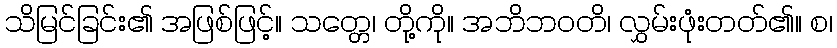
သိမြင်ခြင်း၏ အဖြစ်ဖြင့်။ သတ္တေ၊ တို့ကို။ အဘိဘဝတိ၊ လွှမ်းဖုံးတတ်၏။ စ၊